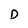
Character: D